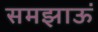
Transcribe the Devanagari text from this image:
समझाऊं